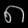
Digit: ၈